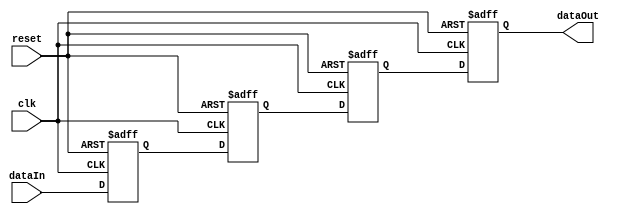
module CascadeSynchronizer (
    input wire clk,            // System clock
    input wire reset,          // Reset signal
    input wire dataIn,         // Incoming signal to be synchronized
    output reg dataOut         // Synchronized output signal
);

reg [3:0] stage1, stage2, stage3;

always @(posedge clk or posedge reset) begin
    if (reset) begin
        stage1 <= 1'b0;
        stage2 <= 1'b0;
        stage3 <= 1'b0;
        dataOut <= 1'b0;
    end else begin
        stage1 <= dataIn;
        stage2 <= stage1;
        stage3 <= stage2;
        dataOut <= stage3;
    end
end

endmodule